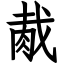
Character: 胾